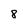
Character: 8